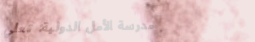
مدرسة الأمل الدولية: تعلي